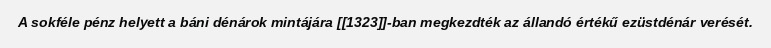
A sokféle pénz helyett a báni dénárok mintájára [[1323]]-ban megkezdték az állandó értékű ezüstdénár verését.